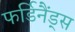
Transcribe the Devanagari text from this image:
फर्डिनैंड्स